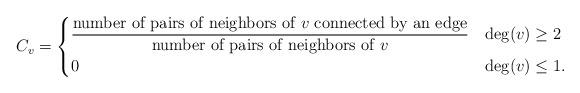
LaTeX: \begin{align*}C_v = \begin{cases}{\displaystyle\frac{\text{number of pairs of neighbors of $v$ connected by an edge}}{\text{number of pairs of neighbors of $v$}}} & \deg(v) \ge 2\\ 0 & \deg(v) \le 1.\end{cases} \end{align*}